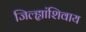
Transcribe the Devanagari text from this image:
जिल्ह्यांशिवाय